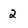
Character: 2